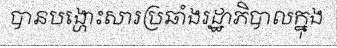
បានបង្ហោះសារប្រឆាំងរដ្ឋាភិបាលក្នុង